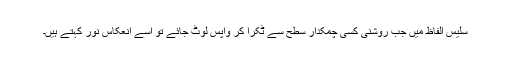
سلیس الفاظ میں جب روشنی کسی چمکدار سطح سے ٹکرا کر واپس لوٹ جائے تو اسے انعکاسِ نور کہتے ہیں۔